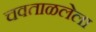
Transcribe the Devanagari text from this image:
चवताळलेला